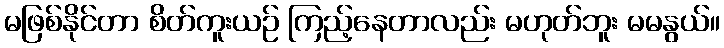
မဖြစ်နိုင်တာ စိတ်ကူးယဉ် ကြည့်နေတာလည်း မဟုတ်ဘူး မမနွယ်။